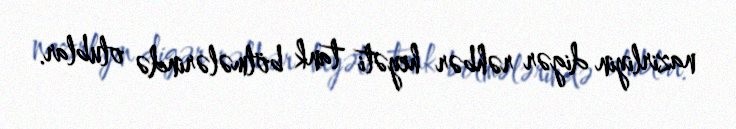
nazirliyin digər rəhbər heyəti tank bölmələrində olublar.